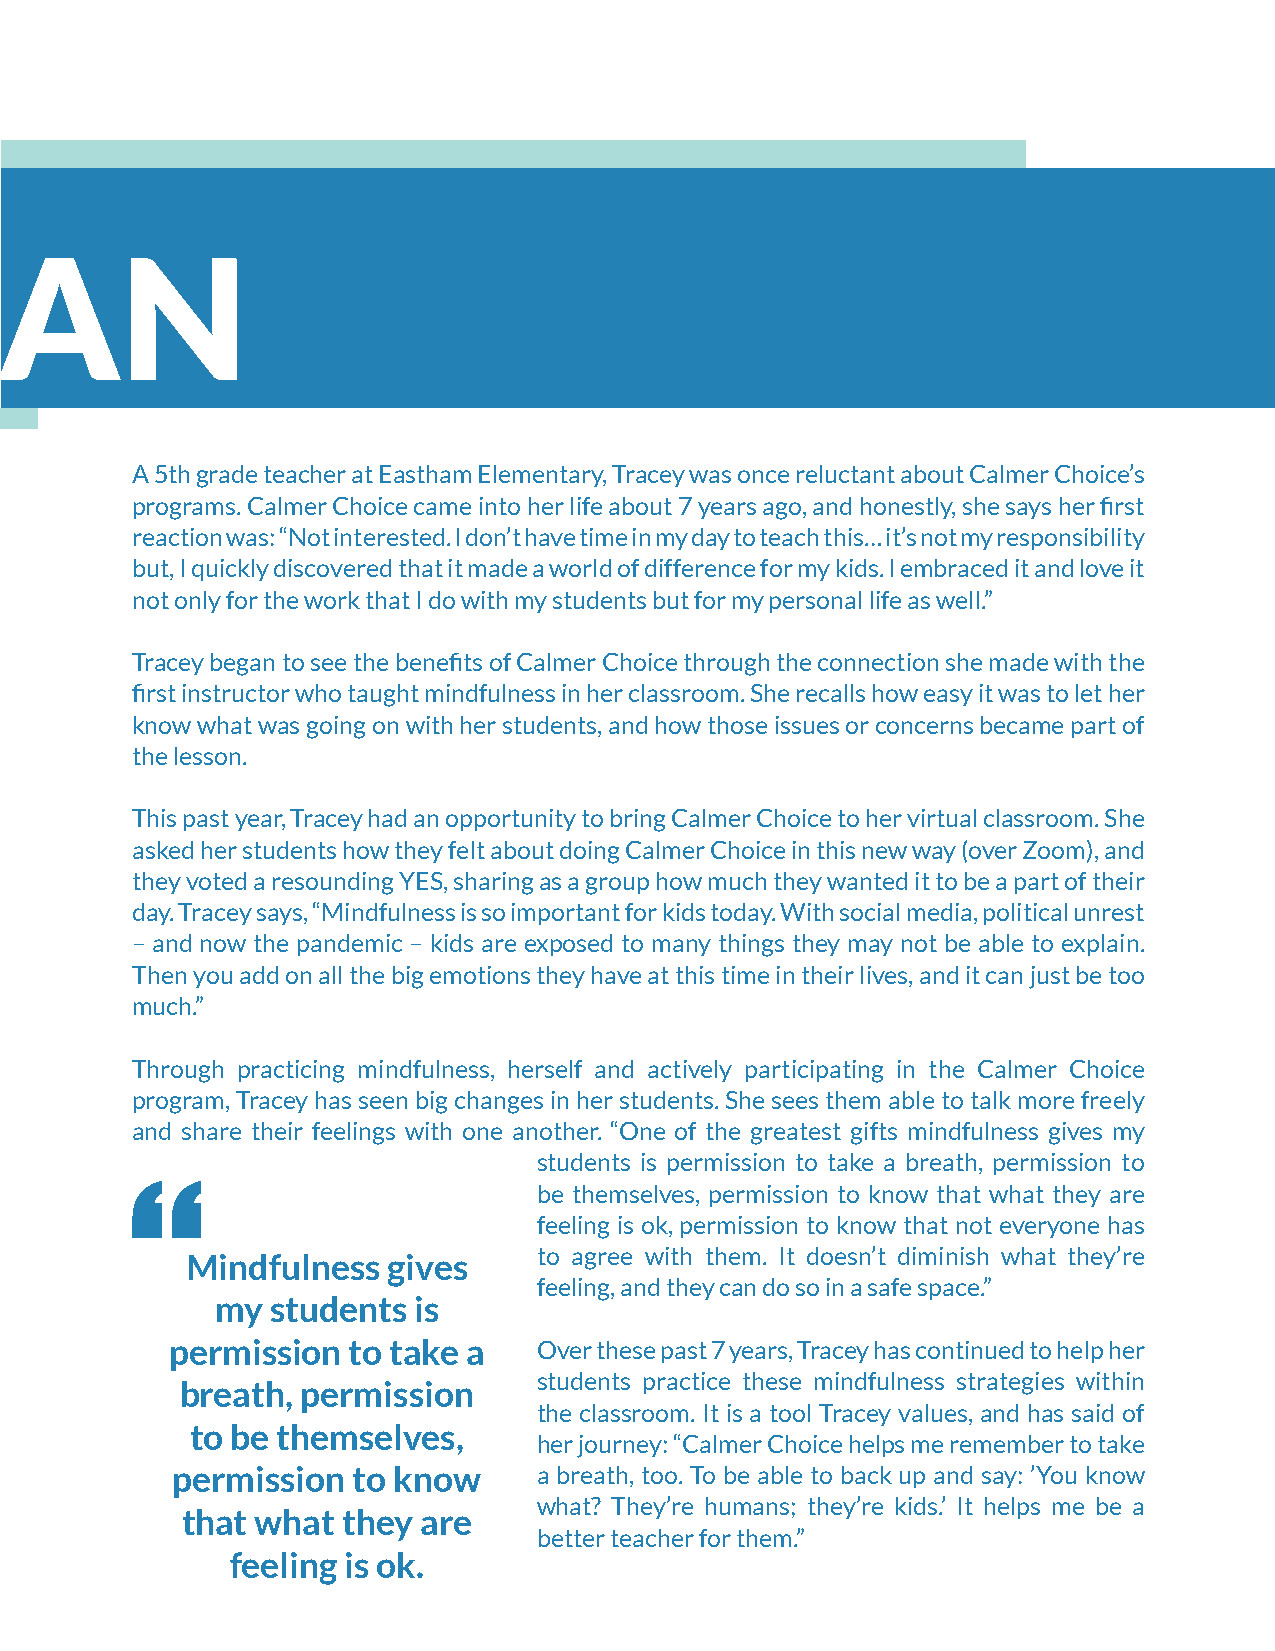
DEEGAN
 A 5th grade teacher at Eastham Elementary, Tracey was once reluctant about Calmer Choice’s
 programs. Calmer Choice came into her life about 7 years ago, and honestly, she says her first
 reaction was: “Not interested. I don’t have time in my day to teach this… it’s not my responsibility
 but, I quickly discovered that it made a world of difference for my kids. I embraced it and love it
 not only for the work that I do with my students but for my personal life as well.”
 Tracey began to see the benefits of Calmer Choice through the connection she made with the
 first instructor who taught mindfulness in her classroom. She recalls how easy it was to let her
 know what was going on with her students, and how those issues or concerns became part of
 the lesson.
 This past year, Tracey had an opportunity to bring Calmer Choice to her virtual classroom. She
 asked her students how they felt about doing Calmer Choice in this new way (over Zoom), and
 they voted a resounding YES, sharing as a group how much they wanted it to be a part of their
 day. Tracey says, “Mindfulness is so important for kids today. With social media, political unrest
 – and now the pandemic – kids are exposed to many things they may not be able to explain.
 Then you add on all the big emotions they have at this time in their lives, and it can just be too
 much.”
 Through practicing mindfulness, herself and actively participating in the Calmer Choice
 program, Tracey has seen big changes in her students. She sees them able to talk more freely
 and share their feelings with one another. “One of the greatest gifts mindfulness gives my
 students is permission to take a breath, permission to
 be themselves, permission to know that what they are
 feeling is ok, permission to know that not everyone has
 Mindfulness   gives     to agree with them. It doesn’t diminish what they’re
 feeling, and they can do so in a safe space.”
 my  students is
 permission  to take a    Over these past 7 years, Tracey has continued to help her
 students practice these mindfulness strategies within
 breath, permission
 the classroom. It is a tool Tracey values, and has said of
 to be themselves,
 her journey: “Calmer Choice helps me remember to take
 permission  to know      a breath, too. To be able to back up and say: ’You know
 what? They’re humans; they’re kids.’ It helps me be a
 that what  they are
 better teacher for them.”
 feeling is ok.